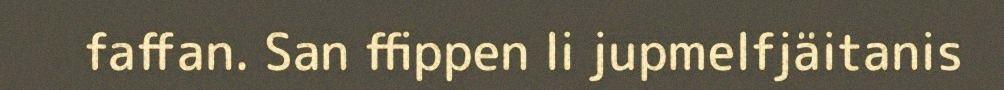
faffan. San ffippen li jupmelfjäitanis